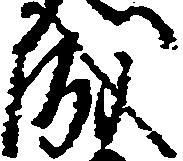
成